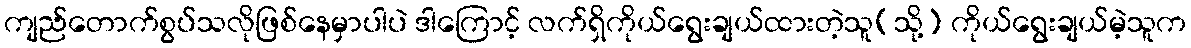
ကျည်တောက်စွပ်သလိုဖြစ်နေမှာပါပဲ ဒါကြောင့် လက်ရှိကိုယ်ရွေးချယ်ထားတဲ့သူ(သို့) ကိုယ်ရွေးချယ်မဲ့သူက